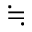
\fallingdotseq